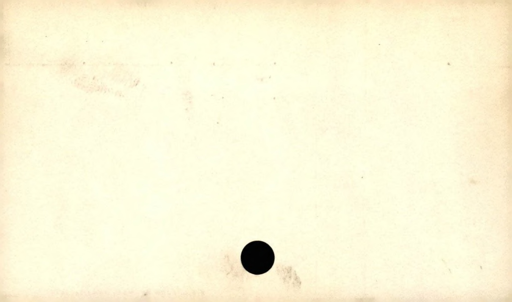
Label: blank